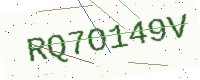
Text: RQ7O149V